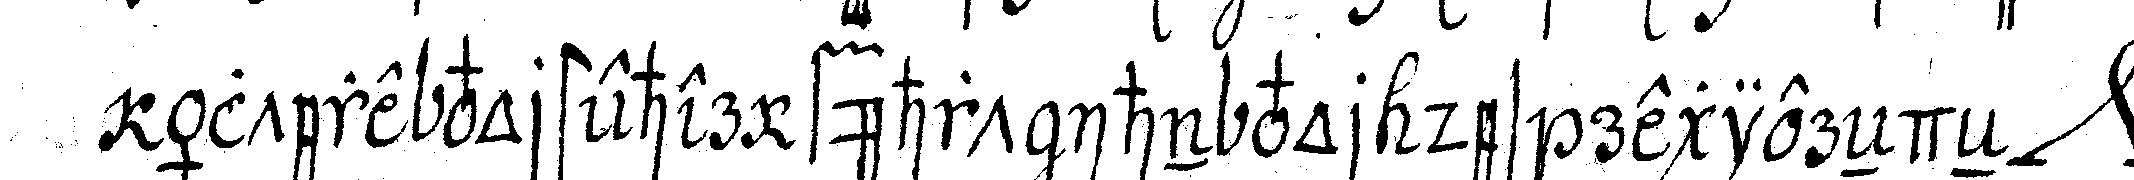
ältere vorsteher führt ihn vor des regiereNdeN *nee*